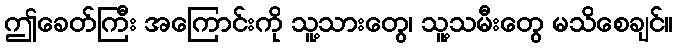
ဤခေတ်ကြီး အကြောင်းကို သူ့သားတွေ၊ သူ့သမီးတွေ မသိစေချင်။